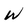
Character: W